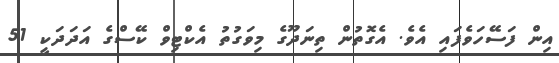
އިން ފަސޭހަވެފައި އެވެ. އެގޮތުން ތިނަދޫގެ މިވަގުތު އެކްޓިވް ކޭސްގެ އަދަދަކީ 51